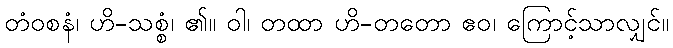
တံဝစနံ၊ ဟိ-သစ္စံ၊ ၏။ ဝါ၊ တထာ ဟိ-တတော ဧဝ၊ ကြောင့်သာလျှင်။